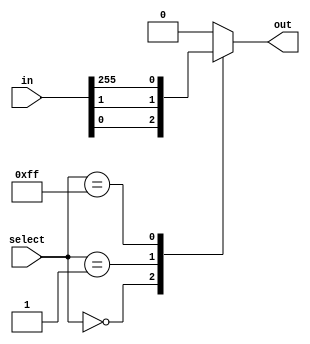
module mux256to1 (
    input wire [255:0] in,
    input wire [7:0] select,
    output reg out
);

always @* begin
    case(select)
        8'b00000000: out = in[0];
        8'b00000001: out = in[1];
        // Repeat for all 256 input signals
        8'b11111111: out = in[255];
        default: out = 8'b0; // default output
    endcase
end

endmodule